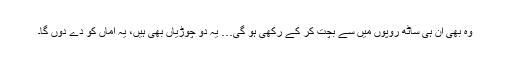
وہ بھی ان ہی ساٹھ روپوں میں سے بچت کر کے رکھی ہو گی… یہ دو چوڑیاں بھی ہیں، یہ اماں کو دے دوں گا۔